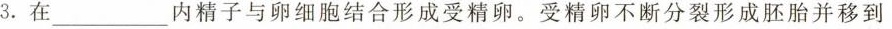
3.在___内精子与卵细胞结合形成受精卵。受精卵不断分裂形成胚胎并移到